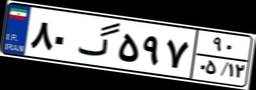
۴۸گ۳۱۳۴۵